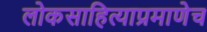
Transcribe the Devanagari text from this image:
लोकसाहित्याप्रमाणेच